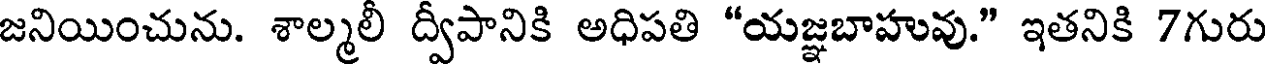
జనియించును. శాల్మలీ ద్వీపానికి అధిపతి "యజ్ఞబాహువు." ఇతనికి 7గురు